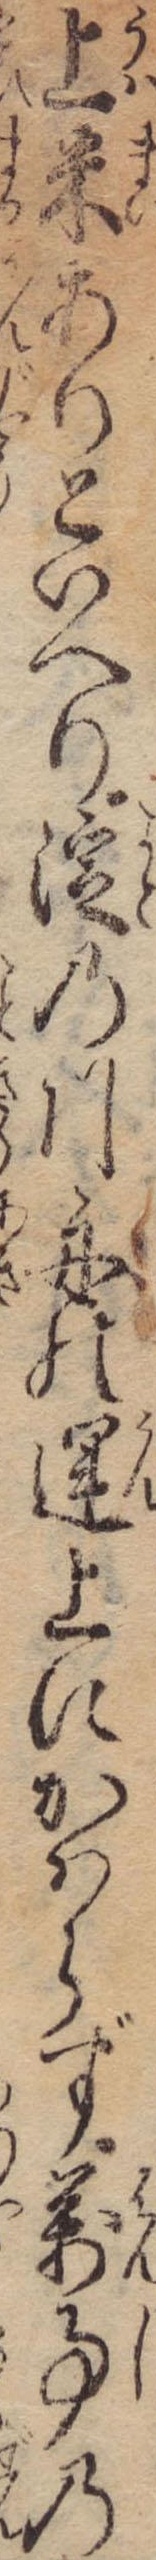
上米ありといへり淀の川舟の運上にかはらず万事の